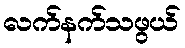
လက်နက်သဖွယ်